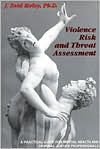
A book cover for Violence Risk and Threat Assessment: A Practical Guide for Mental Health and Criminal Justice Professionals (Practical Guide Series (San Diego, Calif.).); J. Reid Meloy; Medical Books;